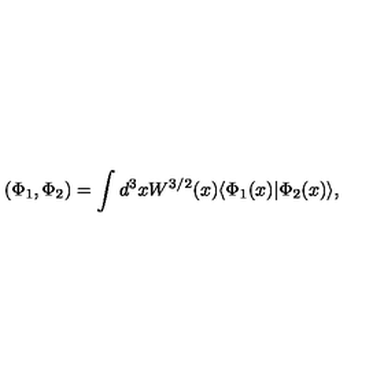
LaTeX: ( \Phi _ { 1 } , \Phi _ { 2 } ) = \int d ^ { 3 } x W ^ { 3 / 2 } ( x ) \langle \Phi _ { 1 } ( x ) | \Phi _ { 2 } ( x ) \rangle ,